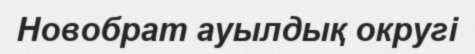
Новобрат ауылдық округі